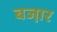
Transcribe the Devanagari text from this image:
बजा़र